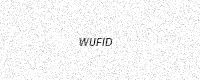
Text: WUFID